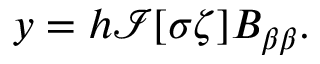
y = h \mathcal { I } [ \sigma \zeta ] B _ { \beta \beta } .